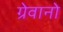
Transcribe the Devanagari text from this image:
ग्रेवानो